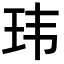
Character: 玮